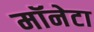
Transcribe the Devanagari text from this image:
मॉनेटा